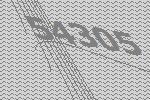
54305